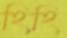
হিহি